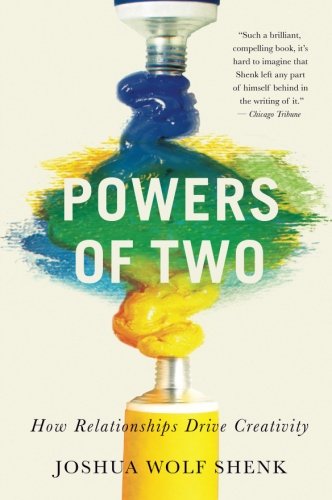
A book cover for Powers of Two: How Relationships Drive Creativity; Joshua Wolf Shenk; Health, Fitness & Dieting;